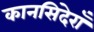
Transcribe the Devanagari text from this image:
कानसिदेराँ